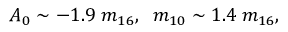
A _ { 0 } \sim - 1 . 9 \; m _ { 1 6 } , \; \; m _ { 1 0 } \sim 1 . 4 \; m _ { 1 6 } , \; \; \;